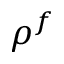
\rho ^ { f }